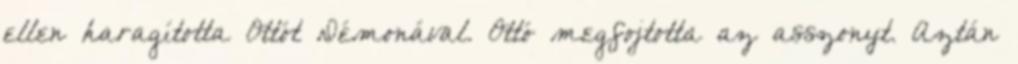
ellen haragította Ottót Démonával. Ottó megfojtotta az asszonyt. Aztán